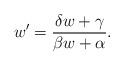
LaTeX: \begin{align*}w' = {\delta w + \gamma \over \beta w + \alpha} .\end{align*}